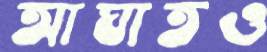
আঘাতও